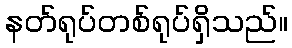
နတ်ရုပ်တစ်ရုပ်ရှိသည်။